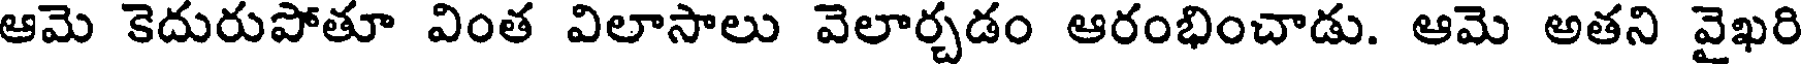
ఆమె కెదురుపోతూ వింత విలాసాలు వెలార్చడం ఆరంభించాడు. ఆమె అతని వైఖరి